Rangoon Lunatic Asylum 1898-1906 - 1898-1906
Year: 1898
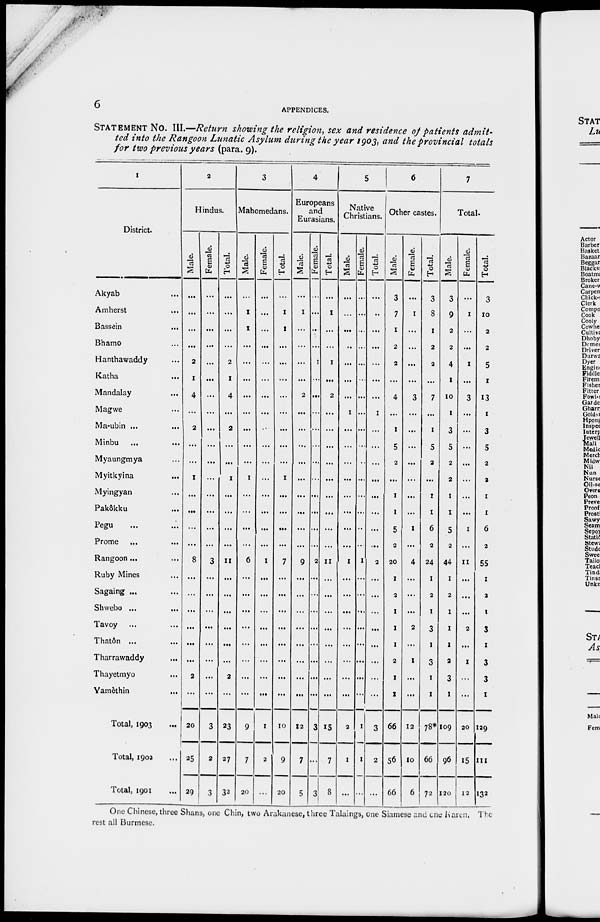
6
APPENDICES.
STATEMENT No. III.—Return showing the religion, sex and residence of patients admit-
ted into the Rangoon Lunatic Asylum during the year 1903, and the provincial totals
for two previous years (para. 9).
1
District.
Akyab ...
Amherst ...
Bassein ...
Bhamo ...
Hanthawaddy ...
Katha ...
Mandalay ...
Magwe ...
Ma-ubin ...
Minbu ... ...
Myaungmya ...
Myitkyina ...
Myingyan ...
Pakôkku
Pegu ...
Prome ...
Rangoon...
Ruby Mines ...
Sagaing ...
Shwebo ...
Tavoy ...
Thatôn ...
Tharrawaddy ...
Thayetmyo ...
Yamèthin ...
Total, 1903...
Total, 1902 ...
Total, 1901 ...
2
Hindus.
Male.
...
...
...
...
2
1
4
...
2
...
...
1
...
...
...
...
8
...
...
...
...
...
...
2
...
20
25
29
Female.
...
...
...
...
...
...
...
...
...
...
...
...
...
...
...
...
3
...
...
...
...
...
...
...
...
3
2
3
Total.
...
...
...
...
2
1
4
...
2
l
...
1
...
...
...
...
11
...
...
...
...
...
...
2
...
23
27
32
3
Mahomedans.
Male.
...
1
1
...
...
...
...
...
...
...
...
1
...
...
...
...
6
...
...
...
...
...
...
...
...
9
7
20
Female.
...
...
...
...
...
...
...
...
...
...
...
...
...
...
...
...
1
...
...
...
...
...
...
...
...
1
2
...
Total.
...
1
1
...
...
...
...
...
...
...
...
1
...
...
...
...
7
...
...
...
...
...
...
...
...
10
9
20
4
Europeans
and
Eurasians.
Male.
...
1
...
...
...
...
2
...
...
...
...
...
...
...
...
...
9
...
...
...
...
...
...
...
...
12
7
5
Female.
...
...
...
...
1
...
...
...
...
...
...
...
...
...
...
...
2
...
...
...
...
...
...
...
...
3
...
3
Total.
...
1
...
...
1
...
2
...
...
...
...
...
...
...
...
...
11
...
...
...
...
...
...
...
...
15
7
8
5
Native
Christians.
Male.
...
...
...
..
...
...
...
1
...
...
...
...
...
...
...
...
1
...
...
...
...
...
...
...
...
2
1
...
Female.
...
...
...
...
...
...
...
...
...
...
...
...
...
...
...
...
1
...
...
...
...
...
...
...
...
1
1
...
Total.
...
...
...
...
...
...
...
1
...
...
...
...
...
...
...
...
2
...
...
...
...
...
...
...
...
3
2
...
6
Other castes.
Male.
3
7
1
2
2
...
4
...
1
5
2
...
1
1
5
2
20
1
2
1
1
1
2
1
1
66
56
66
Female.
...
1
...
...
...
...
3
...
...
...
...
...
...
...
1
...
4
...
...
...
2
...
1
...
...
12
10
6
Total.
3
8
1
2
2
...
7
...
1
5
2
...
1
1
6
2
24
1
2
1
3
1
3
1
1
78*
66
72
7
Total.
Male.
3
9
2
2
4
1
10
1
3
5
2
2
1
1
5
2
44
1
2
1
1
1
2
3
1
109
96
120
Female.
...
1
...
...
1
...
3
...
...
...
...
...
...
...
1
...
11
...
...
...
2
...
1
...
...
20
15
12
Total.
3
10
2
2
5
1
13
1
3
5
2
2
1
1
6
2
55
1
2
1
3
1
3
3
1
129
111
132
One Chinese, three Shans, one Chin, two Arakanese, three Talaings, one Siamese and one Baren. The
rest all Burmese.